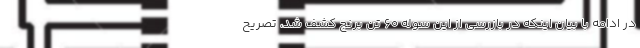
در ادامه با بیان اینکه در بازرسی از این سوله ۶۰ تن برنج کشف شد، تصریح